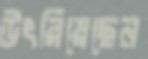
উৎরিয়েছেন